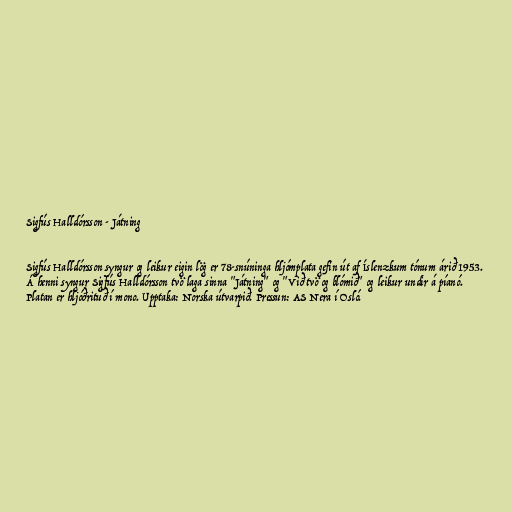
Sigfús Halldórsson - Játning

Sigfús Halldórsson syngur og leikur eigin lög er 78-snúninga hljómplata gefin út af Íslenzkum tónum árið 1953.
Á henni syngur Sigfús Halldórsson tvö laga sinna "Játning" og "Við tvö og blómið" og leikur undir á píanó.
Platan er hljóðrituð í mono. Upptaka: Norska útvarpið. Pressun: AS Nera í Osló.